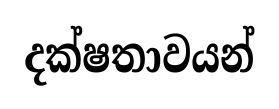
දක්ෂතාවයන්